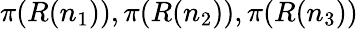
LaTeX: \pi(R(n_{1})),\pi(R(n_{2})),\pi(R(n_{3}))